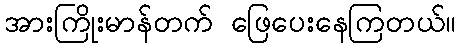
အားကြိုးမာန်တက် ဖြေပေးနေကြတယ်။